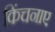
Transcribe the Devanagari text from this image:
किंचनाए